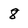
Character: 8